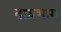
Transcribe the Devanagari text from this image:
दाय़भाग